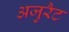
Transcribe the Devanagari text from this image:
अजुरैट